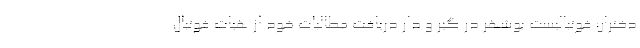
دختران فوتبالیست بوشهر در گیر و دار دریافت مطالبات خود از هیات فوتبال